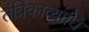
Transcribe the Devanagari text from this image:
तंत्रिकाव्याधि